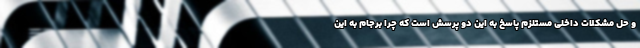
و حل مشکلات داخلی مستلزم پاسخ به این دو پرسش است که چرا برجام به این